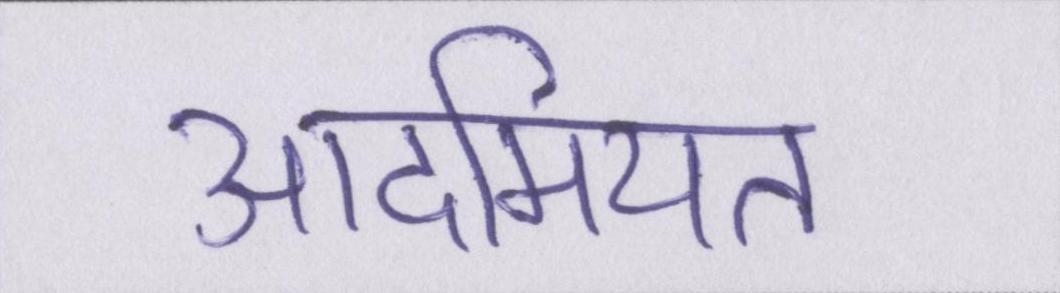
आदमियत